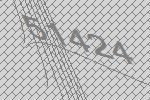
51424